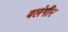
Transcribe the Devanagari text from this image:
बलंगीर